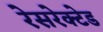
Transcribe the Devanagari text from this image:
रेसरेक्टेड